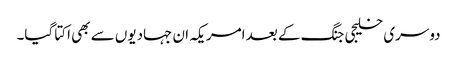
دوسری خلیجی جنگ کے بعد امریکہ ان جہادیوں سے بھی اکتا گیا۔